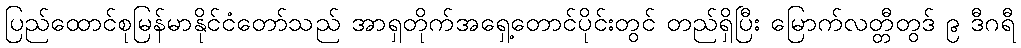
ပြည်ထောင်စုမြန်မာနိုင်ငံတော်သည် အာရှတိုက်အရှေ့တောင်ပိုင်းတွင် တည်ရှိပြီး မြောက်လတ္တီတွဒ် ၉ ဒီဂရီ